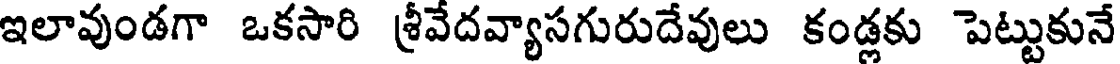
ఇలావుండగా ఒకసారి శ్రీవేదవ్యాసగురుదేవులు కండ్లకు పెట్టుకునే